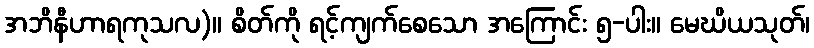
အဘိနီဟာရကုသလ)။ စိတ်ကို ရင့်ကျက်စေသော အကြောင်း ၅-ပါး။ မေဃိယသုတ်၊